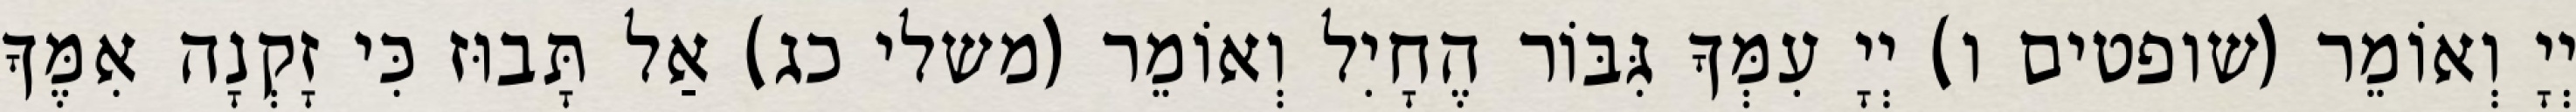
יְיָ וְאוֹמֵר (שופטים ו) יְיָ עִמְּךָ גִּבּוֹר הֶחָיִל וְאוֹמֵר (משלי כג) אַל תָּבוּז כִּי זָקְנָה אִמֶּךָ